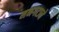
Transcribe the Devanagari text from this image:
मनगटाने